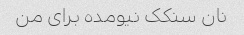
نان سنکک نیومده براى من